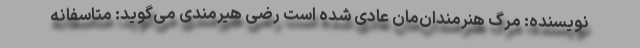
نویسنده: مرگ هنرمندان‌مان عادی شده است رضی هیرمندی می‌گوید: متاسفانه